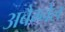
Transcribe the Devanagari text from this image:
अबैग्नेल